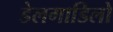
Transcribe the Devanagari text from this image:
डेलगाडिलो